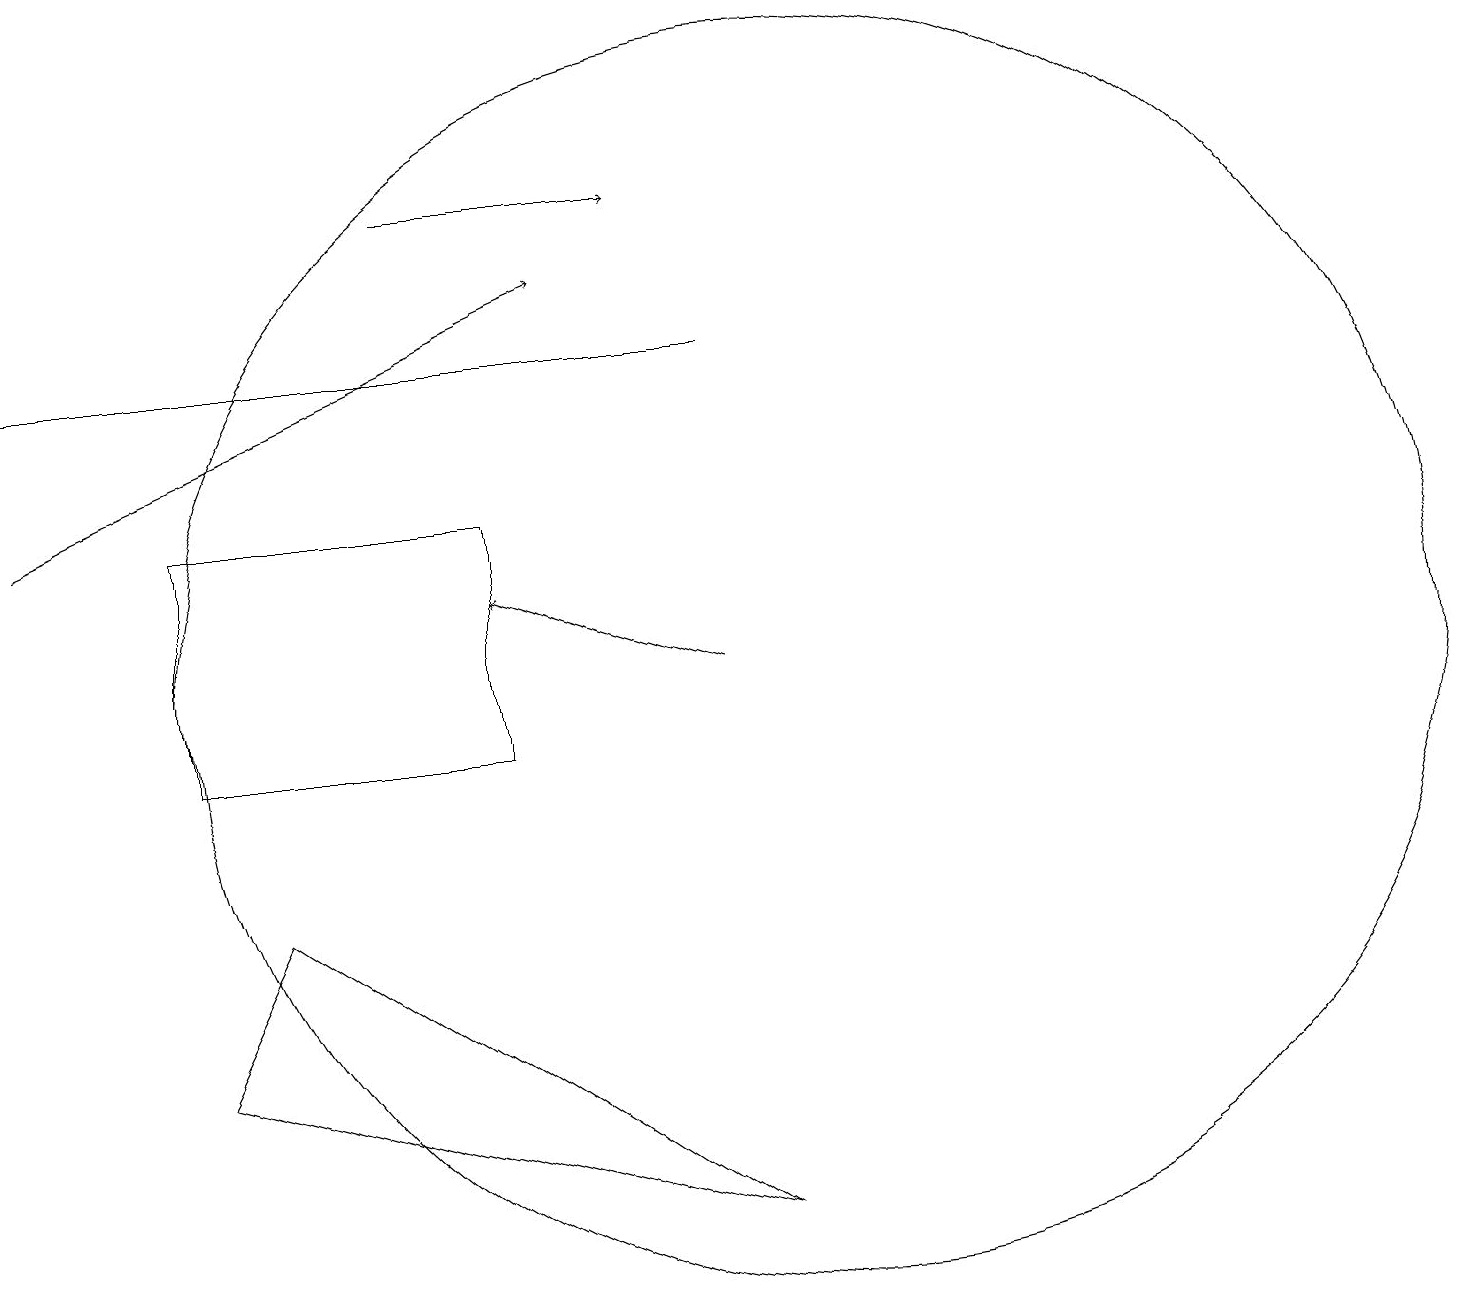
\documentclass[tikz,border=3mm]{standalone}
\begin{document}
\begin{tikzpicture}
\draw[->] (0,13) -- (7,16);
\draw[->] (5,17) -- (8,17);
\draw (2,10) rectangle (6,13);
\draw (10,11) circle (8);
\draw[->] (9,11) -- (6,12);
\draw (9,15) rectangle (0,15);
\draw (2,6) -- (9,4) -- (3,8) -- cycle;
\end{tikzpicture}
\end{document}